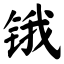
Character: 锇